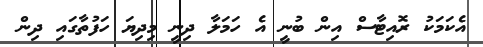
އެކަމަކު ރޮއިޓާސް އިން ބުނީ އެ ހަމަލާ ދިނީ މިދިޔަ ހަފުތާގައި ދިން